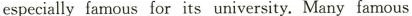
especially famous for its university. Many famous